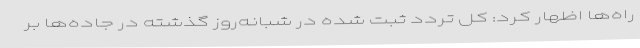
راه‌ها اظهار کرد: کل تردد ثبت شده در شبانه‌روز گذشته در جاده‌ها‌ بر